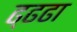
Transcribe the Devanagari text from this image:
ढ्ढढा